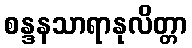
စန္ဒနသာရာနုလိတ္တာ